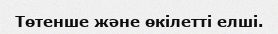
Төтенше және өкілетті елші.